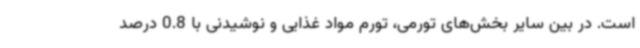
است. در بین سایر بخش‌های تورمی، تورم مواد غذایی و نوشیدنی با 0.8 درصد